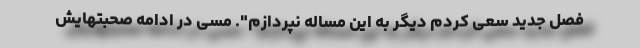
فصل جدید سعی کردم دیگر به این مساله نپردازم". مسی در ادامه صحبتهایش